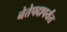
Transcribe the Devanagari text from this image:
नेतेपदापर्यंत